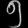
Digit: ၅